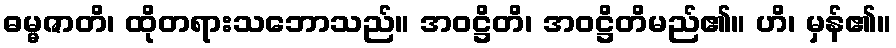
ဓမ္မဇာတိ၊ ထိုတရားသဘောသည်။ အဝဋ္ဌိတိ၊ အဝဋ္ဌိတိမည်၏။ ဟိ၊ မှန်၏။